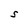
Character: S